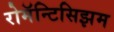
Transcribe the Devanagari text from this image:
रोमॅन्टिसिझम